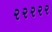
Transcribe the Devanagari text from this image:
२२२२२